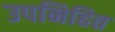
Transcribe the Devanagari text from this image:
उपनिहित